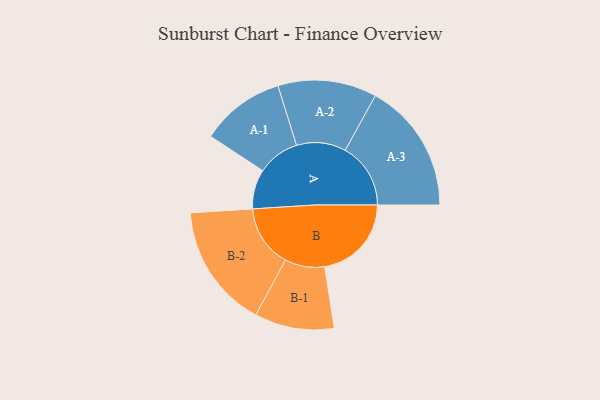
{"axis": {"x": "Segment", "y": "Value"}, "legend": ["", "A", "B"], "data": [{"x": "A", "y": 148, "type": ""}, {"x": "B", "y": 325, "type": ""}, {"x": "A-1", "y": 158, "type": "A"}, {"x": "A-2", "y": 185, "type": "A"}, {"x": "A-3", "y": 245, "type": "A"}, {"x": "B-1", "y": 149, "type": "B"}, {"x": "B-2", "y": 233, "type": "B"}]}